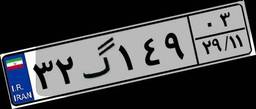
۶۱گ۰۹۸۱۰